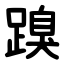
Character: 䠗